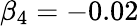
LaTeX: \beta_{4}=-0.02